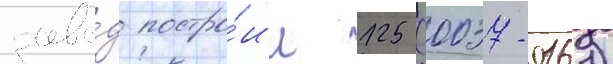
заво́д постро́ил 125 (0037-0161)